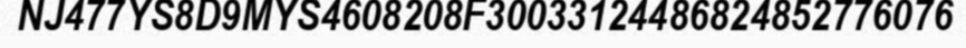
NJ477YS8D9MYS4608208F30033124486824852776076